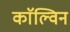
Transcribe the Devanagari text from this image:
काॅल्विन